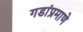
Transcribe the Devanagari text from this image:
गडांप्रमाणे